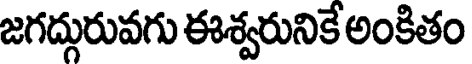
జగద్గురువగు ఈశ్వరునికే అంకితం